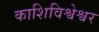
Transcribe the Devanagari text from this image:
काशिविश्वेश्वर